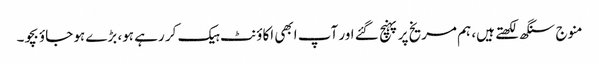
منوج سنگھ لکھتے ہیں، ہم مریخ پر پہنچ گئے اور آپ ابھی اکاؤنٹ ہیک کر رہے ہو، بڑے ہو جاؤ بچو۔